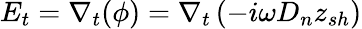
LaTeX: E_{t}=\nabla_{t}(\phi)=\nabla_{t}\left(-i\omega D_{n}z_{sh}\right)